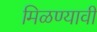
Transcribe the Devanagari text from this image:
मिळण्यावी